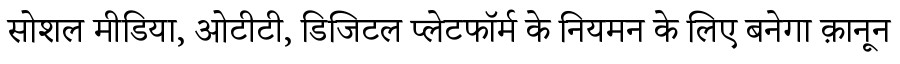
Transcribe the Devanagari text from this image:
सोशल मीडिया, ओटीटी, डिजिटल प्लेटफॉर्म के नियमन के लिए बनेगा क़ानून